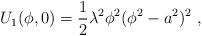
LaTeX: \begin{align*}U_{1}(\phi,0)=\frac{1}{2}\lambda^2\phi^2(\phi^2-a^2)^2 ~,\end{align*}